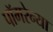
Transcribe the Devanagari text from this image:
पॉमरेन्या